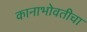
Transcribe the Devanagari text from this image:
कानाभोवतीचा